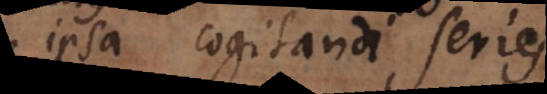
em cogitandi serie